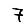
Digit: 7